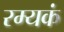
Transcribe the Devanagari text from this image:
रम्यकं